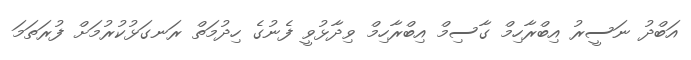
އަބްދު ނަސީރު އިބްރާހިމް ގާސިމް އިބްރާހިމް ވިދާޅުވީ ފެނުގެ ހިދުމަތް ރަނގަޅުކުރުމަށް ފުރަތަމަ